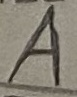
Text: A